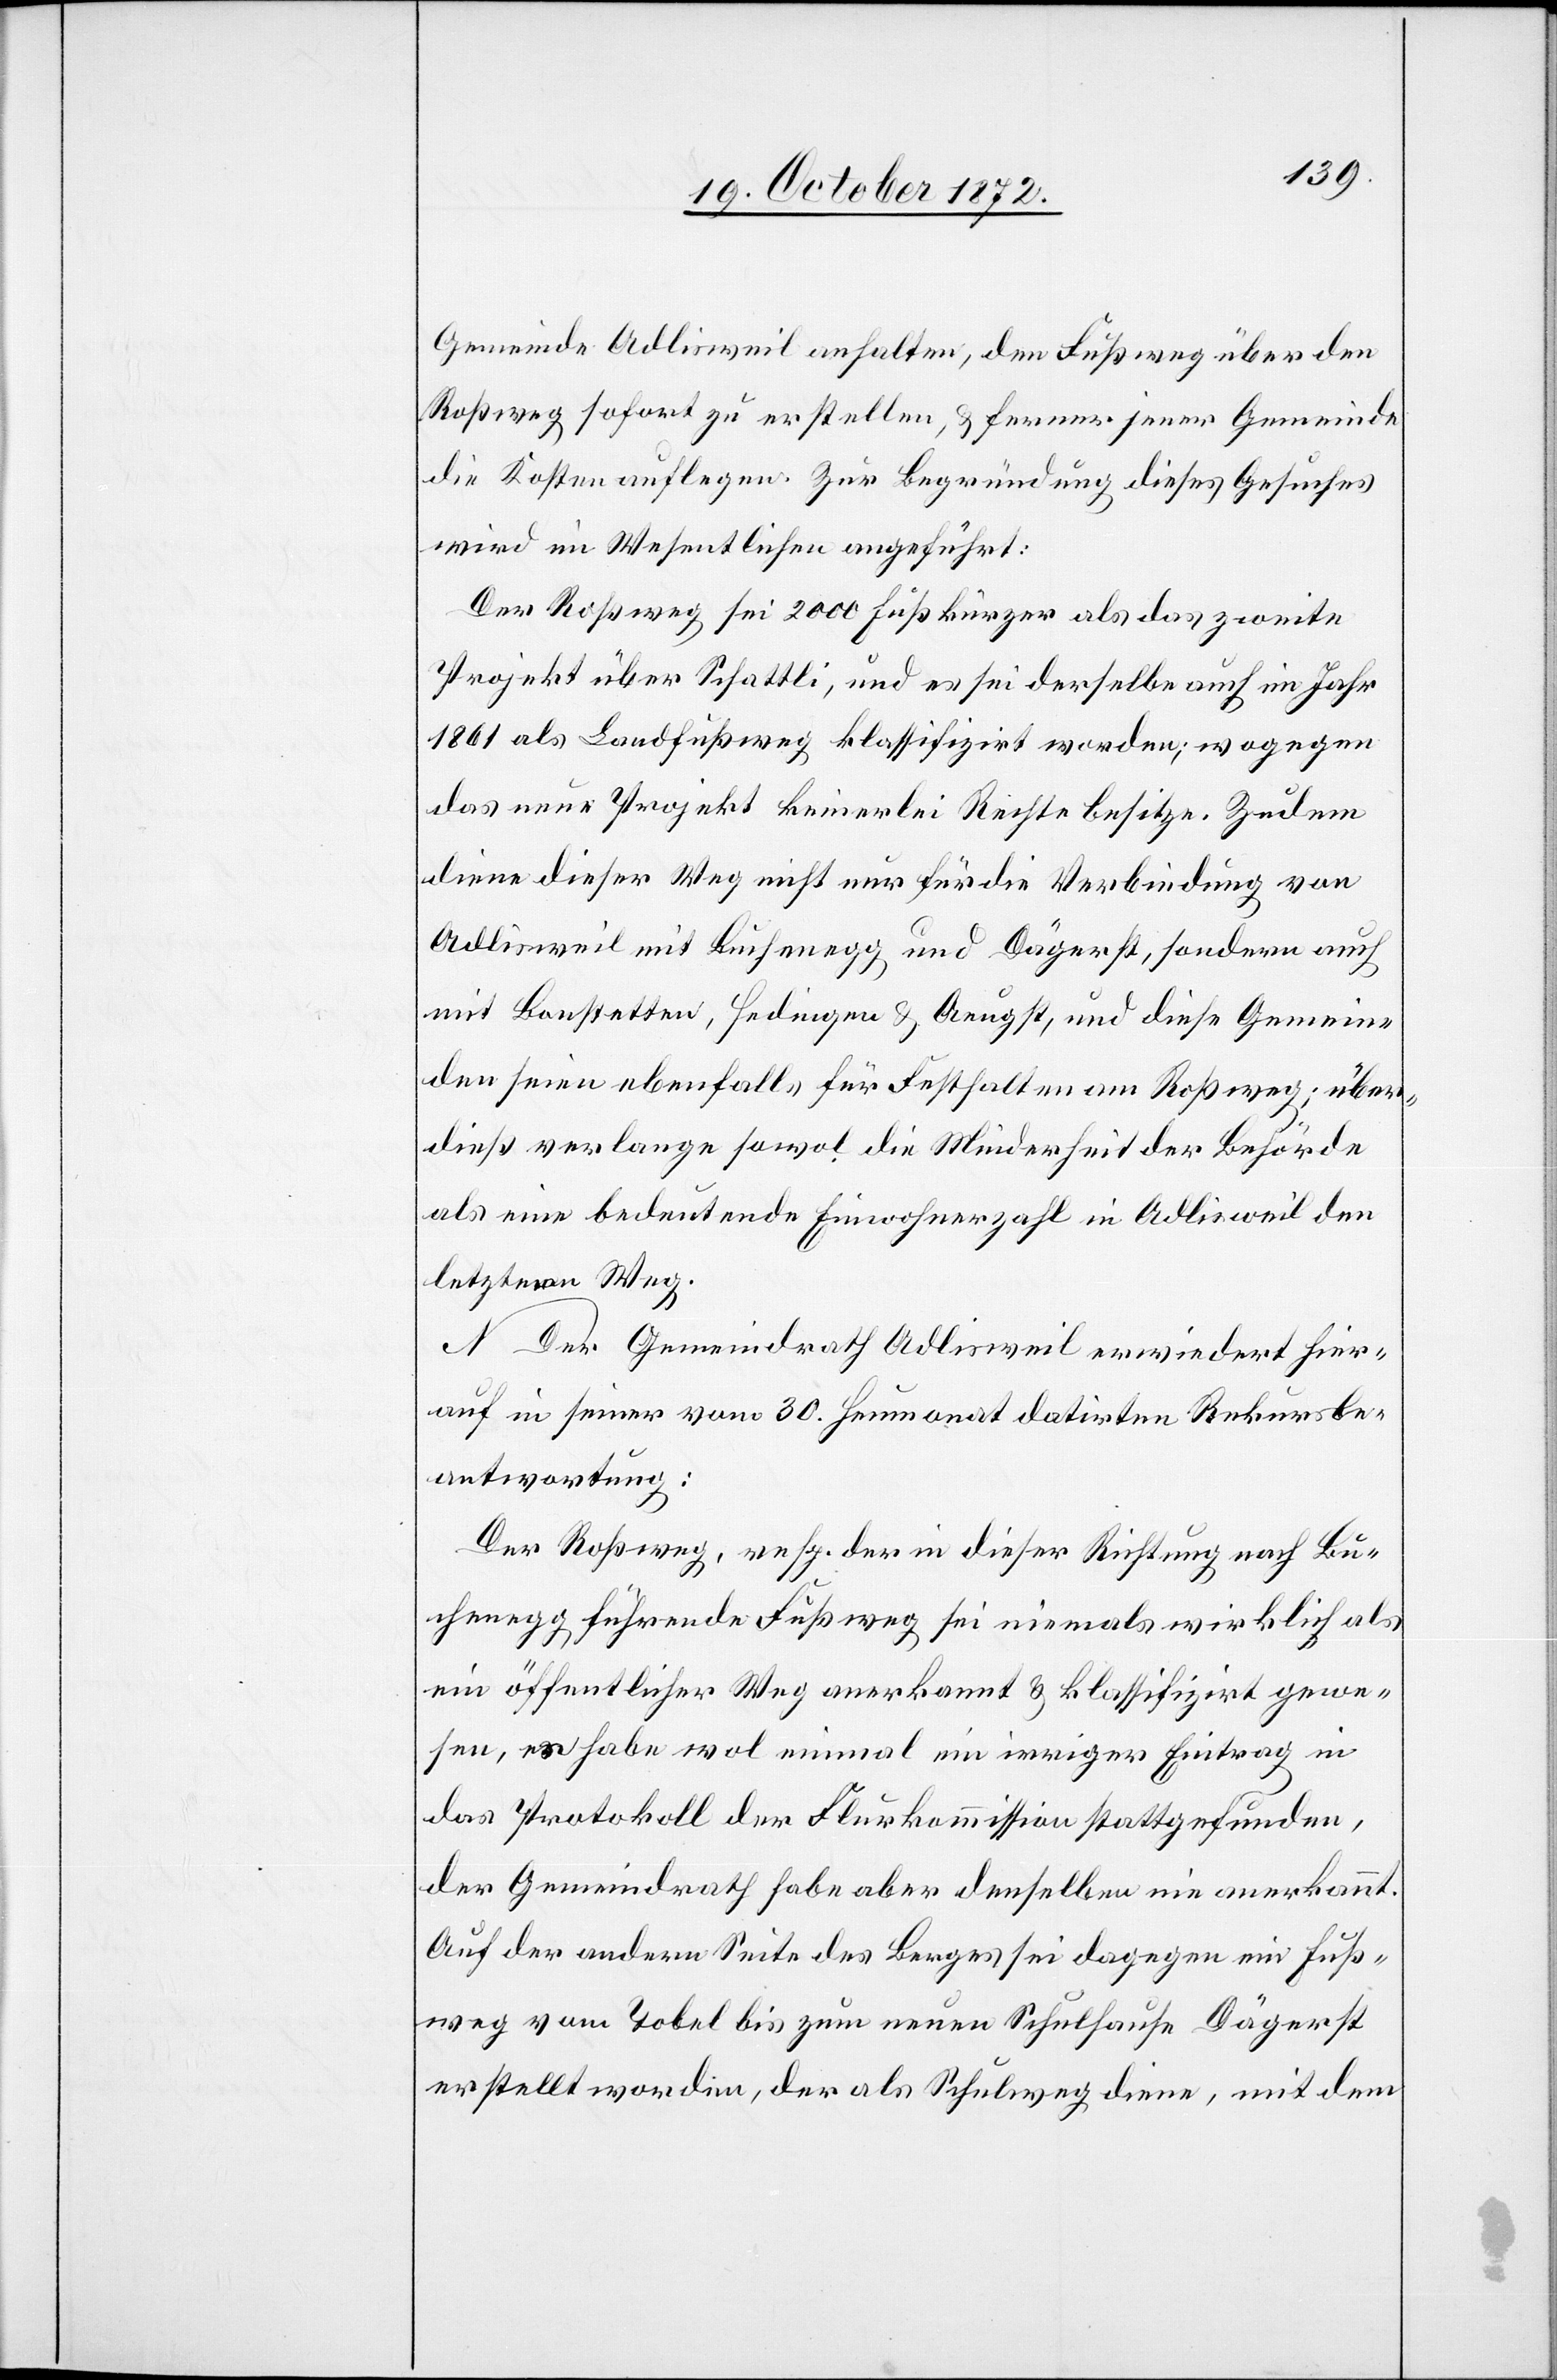
Gemeinde Adlisweil anhalten, den Fußweg über den
Roßweg sofort zu erstellen, u. ferner jener Gemeinde
die Kosten auflegen. Zur Begründung dieses Gesuches
wird im Wesentlichen angeführt:
Der Roßweg sei 2000 Fuß kürzer als das zweite
Projekt über Schattli, und es sei derselbe auch im Jahr
1861 als Landfußweg klassifizirt worden; wogegen
das neue Projekt keinerlei Rechte besitze. Zudem
diese dieser Weg nicht nur für die Verbindung von
Adlisweil mit Buchenegg und Dägerst, sondern auch
mit Bonstetten, Hedingen u. Aeugst, und diese Gemein¬
den seien ebenfalls für Festhalten am Roßweg; über¬
dieß verlange sowol die Minderheit der Behörde
als eine bedeutende Einwohnerzahl in Adlisweil den
letztern Weg.
N. Der Gemeindrath Adlisweil erwiedert hier¬
auf in seiner vom 30. Heumonat datirten Rekursbe¬
antwortung:
Der Roßweg, resp. der in dieser Richtung nach Bu¬
chenegg führende Fußweg sei niemals wirklich als
ein öffentlicher Weg anerkannt u. klassifizirt gewe¬
sen, es habe wol einmal ein irriger Eintrag in
das Protokoll der Flurkommission stattgefunden,
der Gemeindrath habe aber denselben nie anerkannt.
Auf der andern Seite des Bergers sei dagegen ein Fuß¬
weg vom Tobel bis zum neuen Schulhause Dägerst
erstellt worden, der als Schulweg diene, mit dem